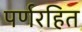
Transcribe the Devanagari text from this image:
पर्णरहित